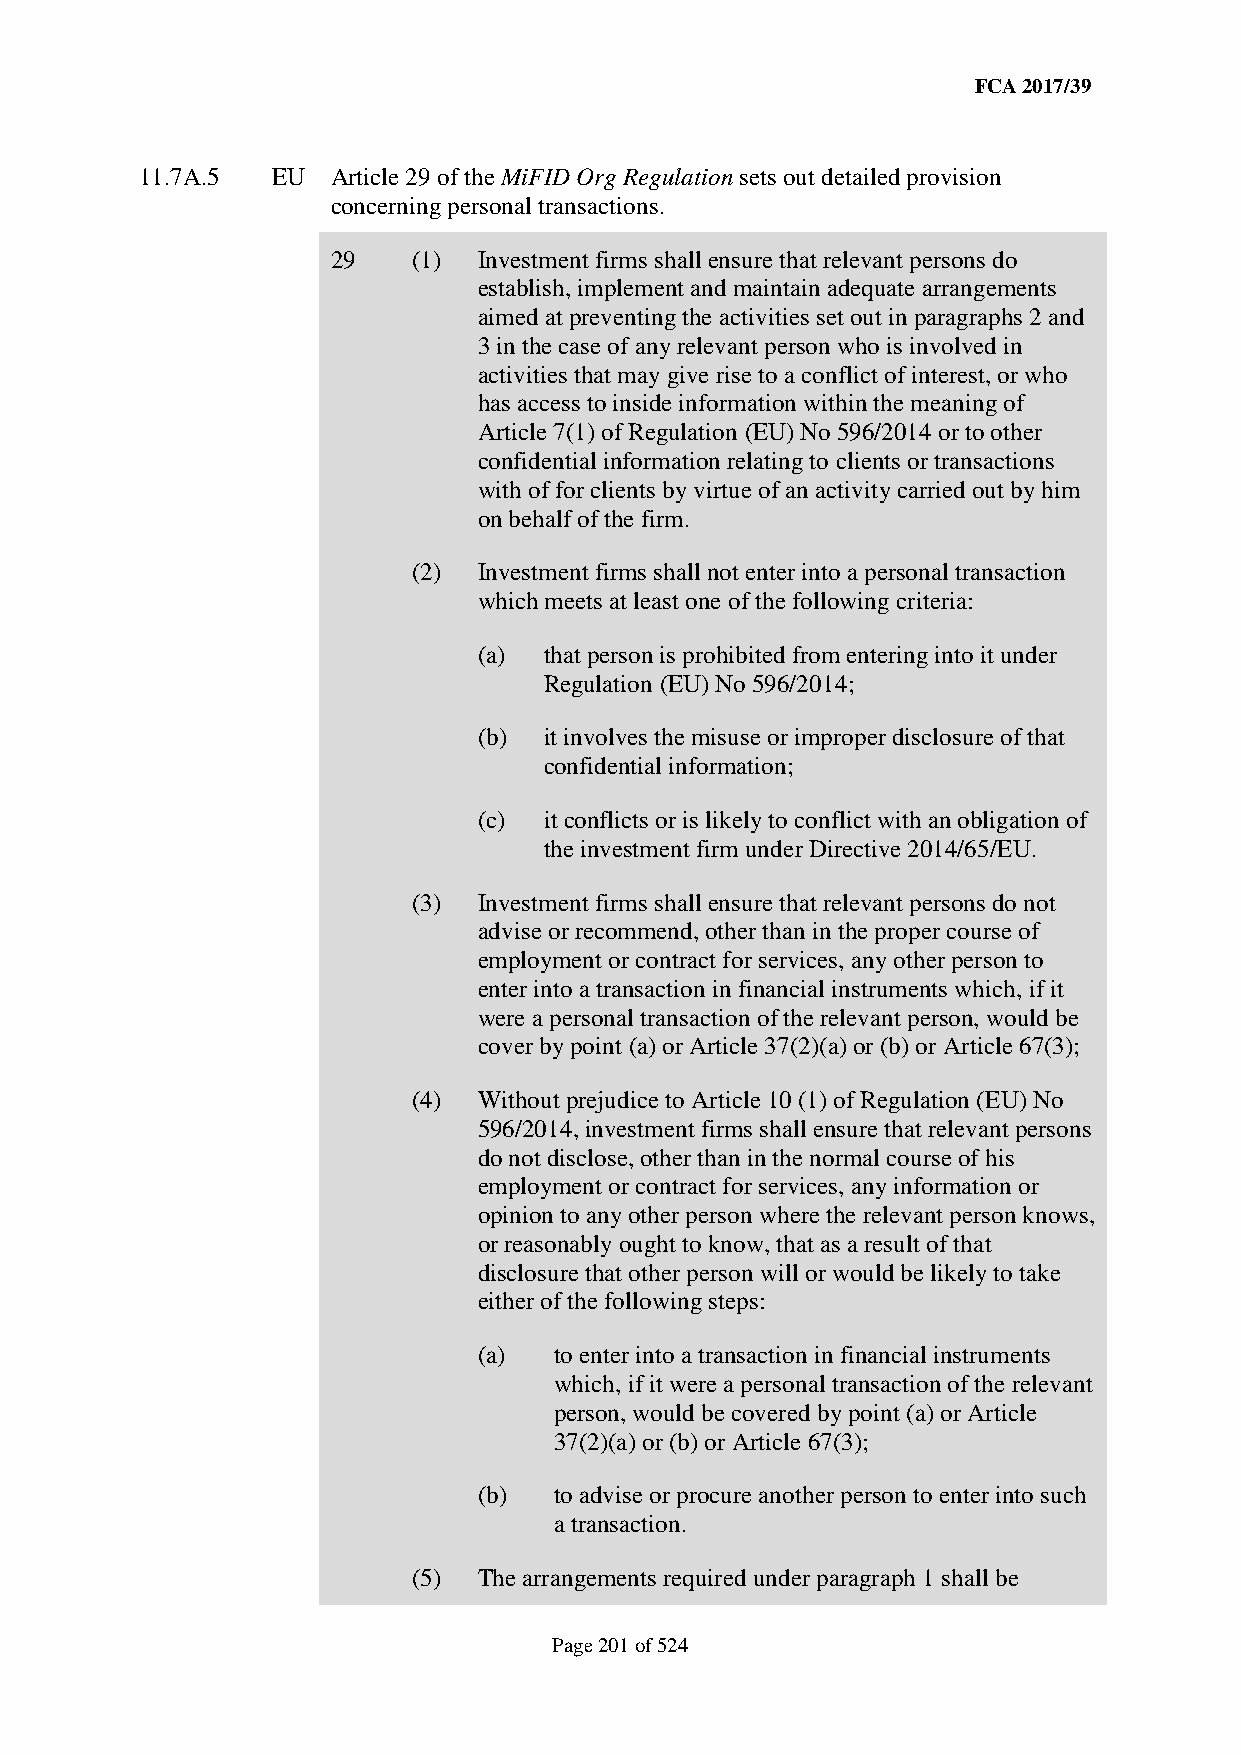
FCA 2017/39
 11.7A.5  EU  Article 29 of the MiFID Org Regulation sets out detailed provision
 concerning personal transactions.
 29   (1)  Investment firms shall ensure that relevant persons do
 establish, implement and maintain adequate arrangements
 aimed at preventing the activities set out in paragraphs 2 and
 3 in the case of any relevant person who is involved in
 activities that may give rise to a conflict of interest, or who
 has access to inside information within the meaning of
 Article 7(1) of Regulation (EU) No 596/2014 or to other
 confidential information relating to clients or transactions
 with of for clients by virtue of an activity carried out by him
 on behalf of the firm.
 (2)  Investment firms shall not enter into a personal transaction
 which meets at least one of the following criteria:
 (a) that person is prohibited from entering into it under
 Regulation (EU) No 596/2014;
 (b) it involves the misuse or improper disclosure of that
 confidential information;
 (c) it conflicts or is likely to conflict with an obligation of
 the investment firm under Directive 2014/65/EU.
 (3)  Investment firms shall ensure that relevant persons do not
 advise or recommend, other than in the proper course of
 employment or contract for services, any other person to
 enter into a transaction in financial instruments which, if it
 were a personal transaction of the relevant person, would be
 cover by point (a) or Article 37(2)(a) or (b) or Article 67(3);
 (4)  Without prejudice to Article 10 (1) of Regulation (EU) No
 596/2014, investment firms shall ensure that relevant persons
 do not disclose, other than in the normal course of his
 employment or contract for services, any information or
 opinion to any other person where the relevant person knows,
 or reasonably ought to know, that as a result of that
 disclosure that other person will or would be likely to take
 either of the following steps:
 (a)  to enter into a transaction in financial instruments
 which, if it were a personal transaction of the relevant
 person, would be covered by point (a) or Article
 37(2)(a) or (b) or Article 67(3);
 (b)  to advise or procure another person to enter into such
 a transaction.
 (5)  The arrangements required under paragraph 1 shall be
 Page 201 of 524